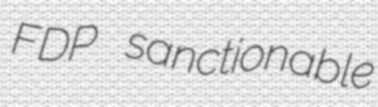
FDP sanctionable